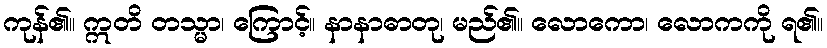
ကုန်၏။ ဣတိ တသ္မာ၊ ကြောင့်။ နာနာဓာတု၊ မည်၏။ လောကော၊ လောကကို ရ၏။